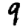
Digit: 9